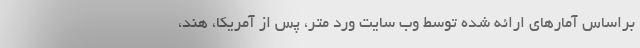
براساس آمارهای ارائه شده توسط وب سایت ورد متر، پس از آمریکا، هند،